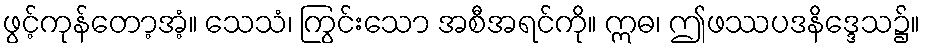
ဖွင့်ကုန်တော့အံ့။ သေသံ၊ ကြွင်းသော အစီအရင်ကို။ ဣဓ၊ ဤဖဿပဒနိဒ္ဒေသ၌။